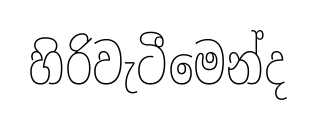
හිරිවැටීමෙන්ද